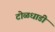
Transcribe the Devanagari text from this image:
टोळधाडी